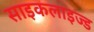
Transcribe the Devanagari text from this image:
साइकलाइज्ड